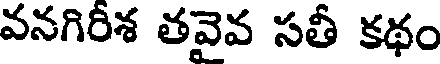
వనగిరీశ తవైవ సతీ కథం